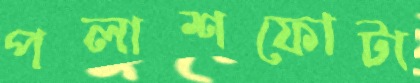
পলাশফোটা